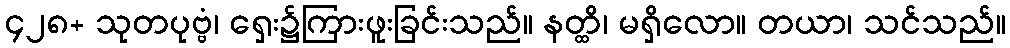
၄၂၈+ သုတပုဗ္ဗံ၊ ရှေး၌ကြားဖူးခြင်းသည်။ နတ္ထိ၊ မရှိလော။ တယာ၊ သင်သည်။